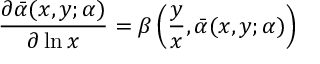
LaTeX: \frac { \partial \bar { \alpha } ( x , y ; \alpha ) } { \partial \ln x } = \beta \left( \frac { y } { x } , \bar { \alpha } ( x , y ; \alpha ) \right)